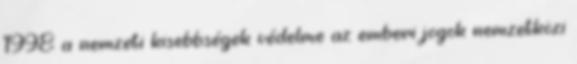
1998 a nemzeti kisebbségek védelme az emberi jogok nemzetközi